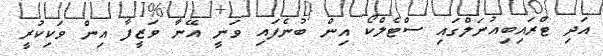
އަދި ޓްރައިބިއުނަލްގައި ސްޓެލްކޯ އިން ބުނެފައި ވަނީ އޭނާ ވަޒީފާ އިން ވަކިކުރީ